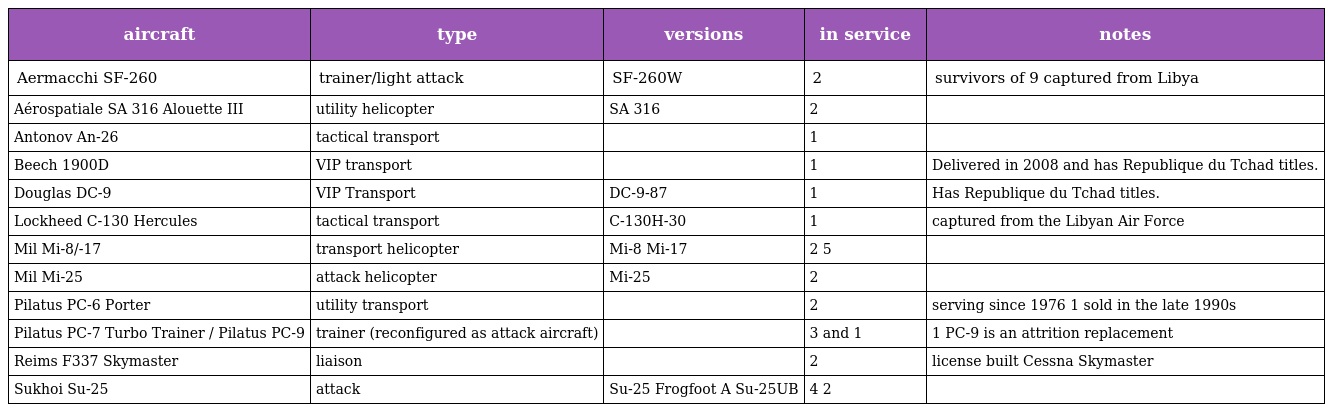
| aircraft | type | versions | in service | notes |
 | --- | --- | --- | --- | --- |
 | Aermacchi SF-260 | trainer/light attack | SF-260W | 2 | survivors of 9 captured from Libya |
 | Aérospatiale SA 316 Alouette III | utility helicopter | SA 316 | 2 |  |
 | Antonov An-26 | tactical transport |  | 1 |  |
 | Beech 1900D | VIP transport |  | 1 | Delivered in 2008 and has Republique du Tchad titles. |
 | Douglas DC-9 | VIP Transport | DC-9-87 | 1 | Has Republique du Tchad titles. |
 | Lockheed C-130 Hercules | tactical transport | C-130H-30 | 1 | captured from the Libyan Air Force |
 | Mil Mi-8/-17 | transport helicopter | Mi-8 Mi-17 | 2 5 |  |
 | Mil Mi-25 | attack helicopter | Mi-25 | 2 |  |
 | Pilatus PC-6 Porter | utility transport |  | 2 | serving since 1976 1 sold in the late 1990s |
 | Pilatus PC-7 Turbo Trainer / Pilatus PC-9 | trainer (reconfigured as attack aircraft) |  | 3 and 1 | 1 PC-9 is an attrition replacement |
 | Reims F337 Skymaster | liaison |  | 2 | license built Cessna Skymaster |
 | Sukhoi Su-25 | attack | Su-25 Frogfoot A Su-25UB | 4 2 |  |